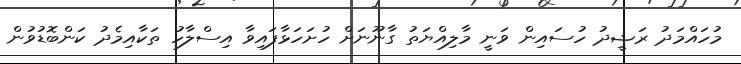
މުހައްމަދު ރަޝީދު ހުސައިން ވަނީ މާލިއްޔަތު ގާނޫނަށް ހުށަހަޅާފައިވާ އިސްލާހު ތަކާއިމެދު ކަންބޮޑުވުން